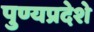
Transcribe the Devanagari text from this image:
पुण्यप्रदेशे